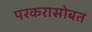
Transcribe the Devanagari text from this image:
परकरासोबत